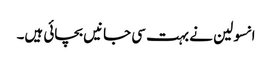
انسولین نے بہت سی جانیں‌ بچائی ہیں۔